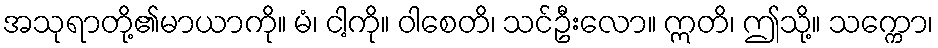
အသုရာတို့၏မာယာကို။ မံ၊ ငါ့ကို။ ဝါစေတိ၊ သင်ဦးလော။ ဣတိ၊ ဤသို့။ သက္ကော၊